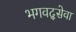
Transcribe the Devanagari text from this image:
भगवद्सेवा